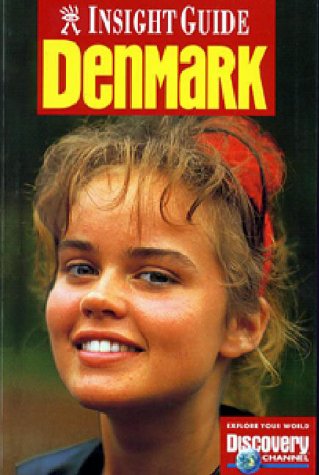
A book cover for Insight Guides Denmark (Insight Guide Denmark); Hans Hofer; Travel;